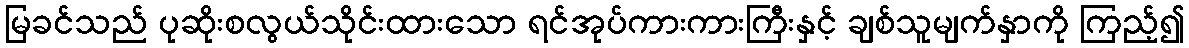
မြခင်သည် ပုဆိုးစလွယ်သိုင်းထားသော ရင်အုပ်ကားကားကြီးနှင့် ချစ်သူမျက်နှာကို ကြည့်၍